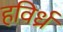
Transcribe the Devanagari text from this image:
हविर्ध्र